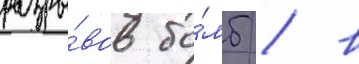
разры́вов бо́мб / в